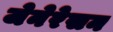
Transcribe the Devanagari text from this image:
जेनेरेसन